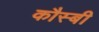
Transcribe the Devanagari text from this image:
कौस्बी